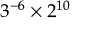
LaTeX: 3 ^ { - 6 } \times 2 ^ { 1 0 }